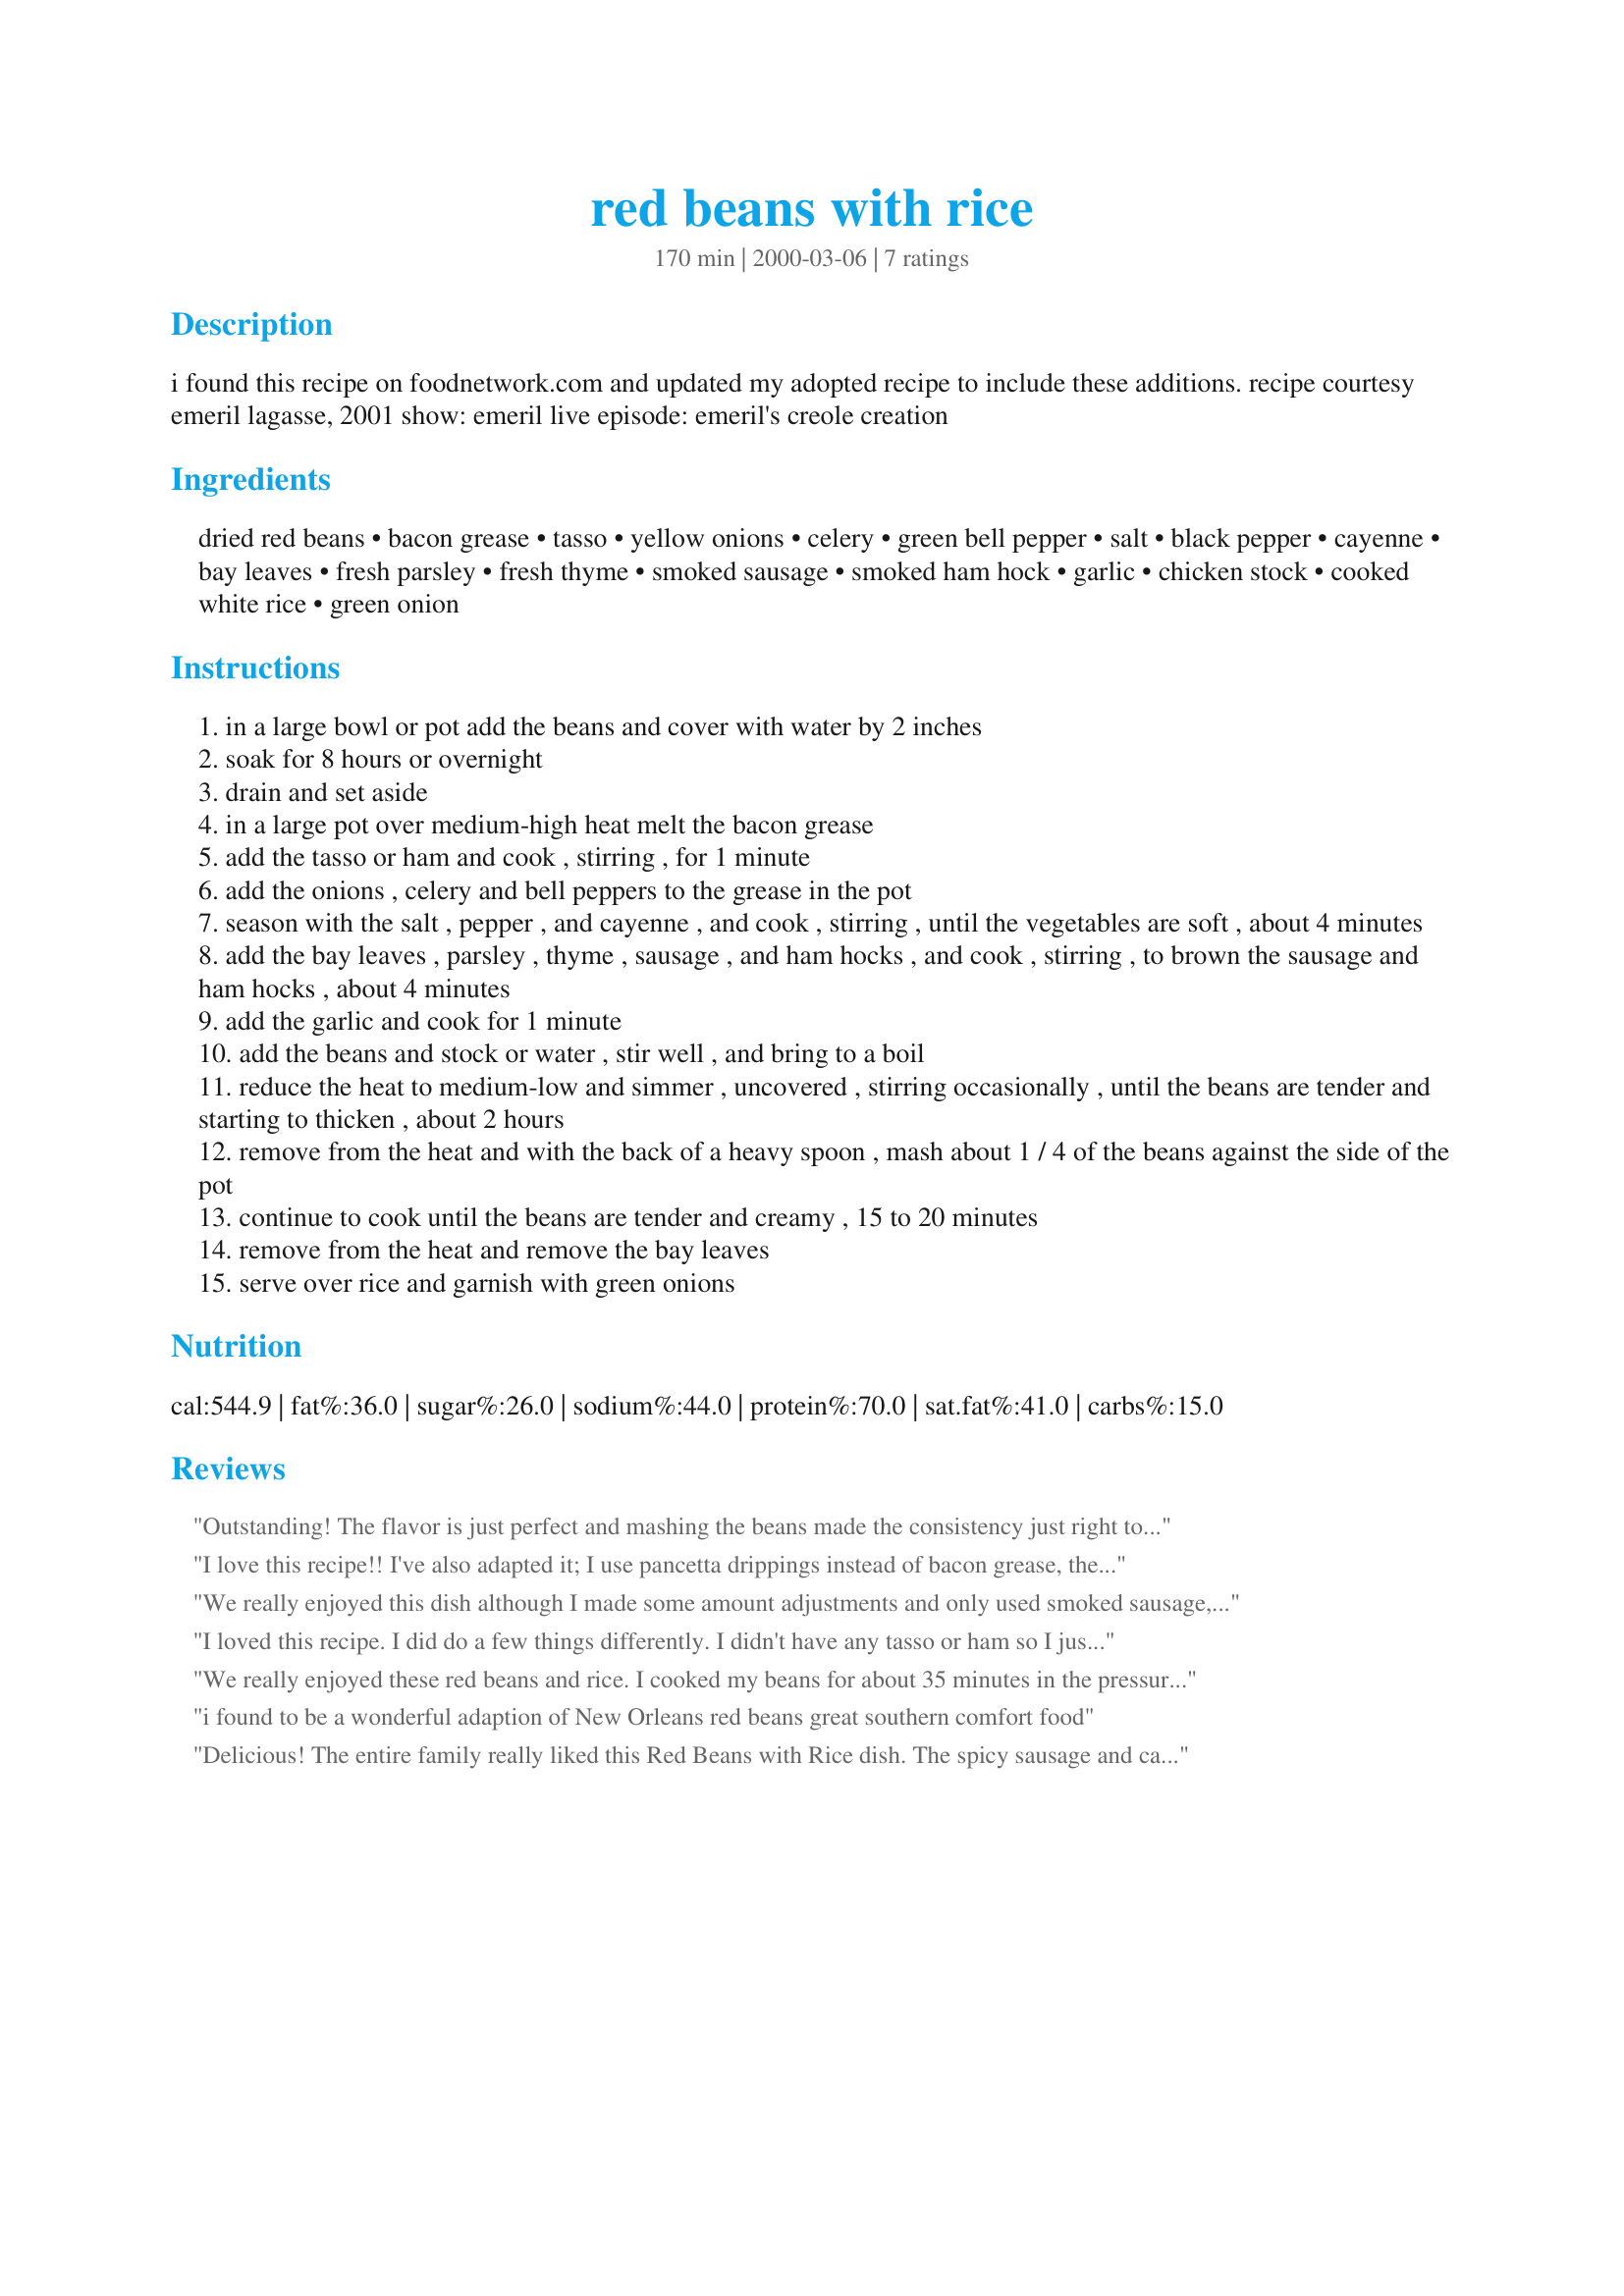
red beans with rice
Preparation time: 170 minutes

i found this recipe on foodnetwork.com and updated my adopted recipe to include these additions.

recipe courtesy emeril lagasse, 2001
show: emeril live
episode: emeril's creole creation

Ingredients:
dried red beans, bacon grease, tasso, yellow onions, celery, green bell pepper, salt, black pepper, cayenne, bay leaves, fresh parsley, fresh thyme, smoked sausage, smoked ham hock, garlic, chicken stock, cooked white rice, green onion

Steps:
in a large bowl or pot add the beans and cover with water by 2 inches
soak for 8 hours or overnight
drain and set aside
in a large pot over medium-high heat melt the bacon grease
add the tasso or ham and cook , stirring , for 1 minute
add the onions , celery and bell peppers to the grease in the pot
season with the salt , pepper , and cayenne , and cook , stirring , until the vegetables are soft , about 4 minutes
add the bay leaves , parsley , thyme , sausage , and ham hocks , and cook , stirring , to brown the sausage and ham hocks , about 4 minutes
add the garlic and cook for 1 minute
add the beans and stock or water , stir well , and bring to a boil
reduce the heat to medium-low and simmer , uncovered , stirring occasionally , until the beans are tender and starting to thicken , about 2 hours
remove from the heat and with the back of a heavy spoon , mash about 1 / 4 of the beans against the side of the pot
continue to cook until the beans are tender and creamy , 15 to 20 minutes
remove from the heat and remove the bay leaves
serve over rice and garnish with green onions

Reviews:
Outstanding! The flavor is just perfect and mashing the beans made the consistency just right too. I put it in the crockpot after sauteeing the meat and veggies and it made a wonderful dinner. Thank you Lauralie!
I love this recipe!! I've also adapted it; I use pancetta drippings instead of bacon grease, then add the rendered pancetta near the end of cooking. Also, I use half pinto & half red beans. The result isn't red, kinda beige, but very good!
We really enjoyed this dish although I made some amount adjustments and only used smoked sausage, and omitted the parsley and add in 2 tablespoons crushed red chili flakes (we like things super spicy!) and also added 6 large minced garlic cloves, thanks for sharing this yummy recipe Lori!
I loved this recipe. I did do a few things differently. I didn't have any tasso or ham so I just skipped it, I used Andouille (not sure if that is the same as smoked) sausage, and I used less chicken stock.
We really enjoyed these red beans and rice. I cooked my beans for about 35 minutes in the pressure cooker (did not soak them first) and then finished them on the stove (added the sausage at that time). They turned out nice and tender. Made them for our last Texan's pre-season game. They were winners and so were your beans. : )
i found to be a wonderful adaption of New Orleans red beans great southern comfort food
Delicious! The entire family really liked this Red Beans with Rice dish. The spicy sausage and cayenne pepper gave it a nice &quot;kick&quot;, and all the other ingredients provide a lovely blend of flavors that made this a great meal served over plain white rice. Thanks for sharing your recipe, lauralie41. Made for Culinary Quest 2016 (Bahamas).
